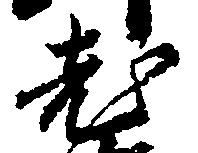
老